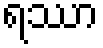
ရဿာ